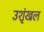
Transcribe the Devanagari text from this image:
उशृंखल